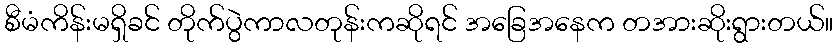
စီမံကိန်းမရှိခင် တိုက်ပွဲကာလတုန်းကဆိုရင် အခြေအနေက တအားဆိုးရွားတယ်။